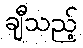
ချီသည့်